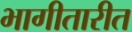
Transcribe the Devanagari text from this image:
भागीतारीत